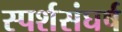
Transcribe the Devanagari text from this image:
स्पर्शसंघर्ष